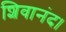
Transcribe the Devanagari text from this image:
शिवानंद।